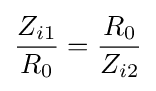
{\frac {Z_{i1}}{R_{0}}}={\frac {R_{0}}{Z_{i2}}}